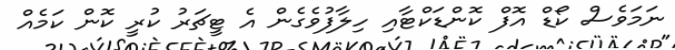
ނަމަވެސް ކޯޑް އޮފް ކޮންޑަކްޓާއި ހިލާފުވެގެން އެ ޓީޗަރު ކުރީ ކޮން ކަމެއް